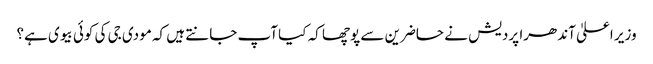
وزیر اعلیٰ آندھرا پردیش نے حاضرین سے پوچھا کہ کیا آپ جانتے ہیں کہ مودی جی کی کوئی بیوی ہے؟